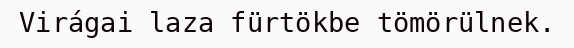
Virágai laza fürtökbe tömörülnek.